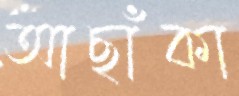
আছাঁকা